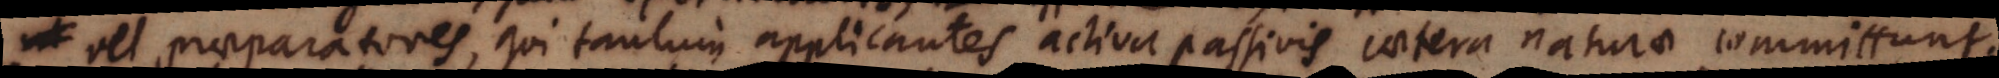
vel praeparatores, qui tantum applicantes activa passivis caetera naturae committunt.